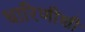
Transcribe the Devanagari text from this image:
धारिणीशी